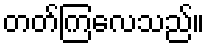
တတ်ကြလေသည်။